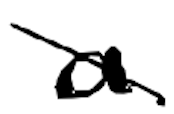
Text: a
Cross-out: diagonal
Writing tool: digital_black